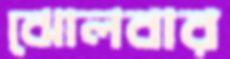
ঝোলবার